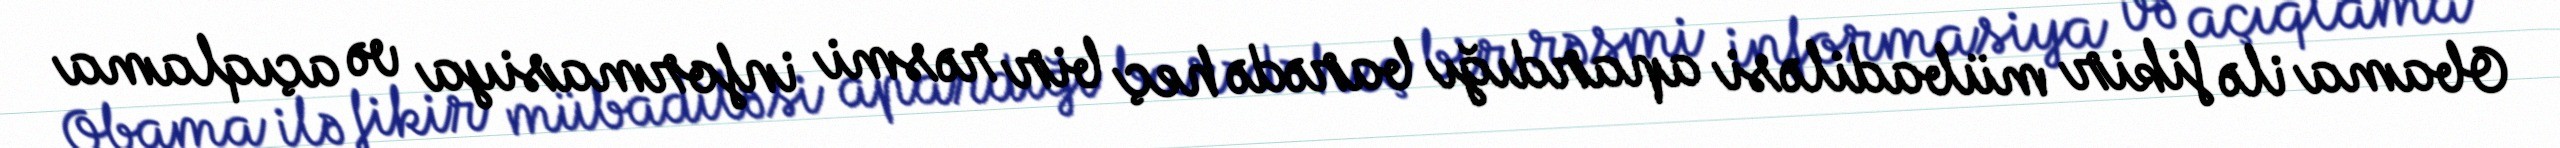
Obama ilə fikir mübadiləsi apardığı barədə heç bir rəsmi informasiya və açıqlama